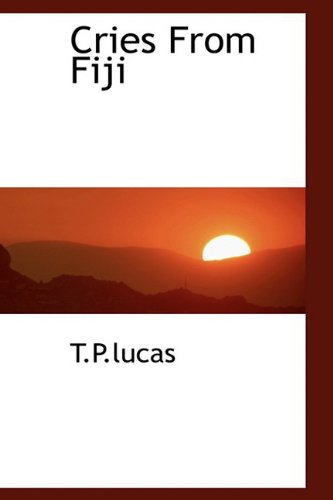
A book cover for Cries From Fiji; T.P.lucas; History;